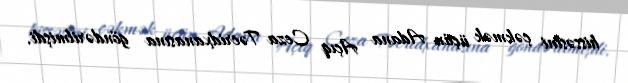
hissəsini çəkmək üçün Adana Açıq Ceza Təcridxanasına göndərilmişdi.